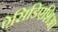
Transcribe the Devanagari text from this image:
ऐसिडिएशिआ